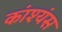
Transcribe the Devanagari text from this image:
कांश्यंस